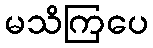
မသိကြပေ